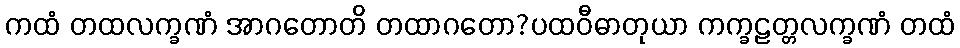
ကထံ တထလက္ခဏံ အာဂတောတိ တထာဂတော?ပထဝီဓာတုယာ ကက္ခဠတ္တလက္ခဏံ တထံ